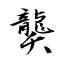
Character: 龑